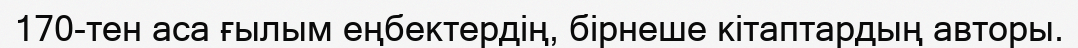
170-тен аса ғылым еңбектердің, бірнеше кітаптардың авторы.